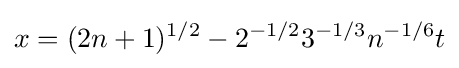
x=(2n+1)^{1/2}-2^{-1/2}3^{-1/3}n^{-1/6}t